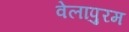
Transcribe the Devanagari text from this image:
वेलापुरम